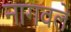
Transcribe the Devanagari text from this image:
नागवले